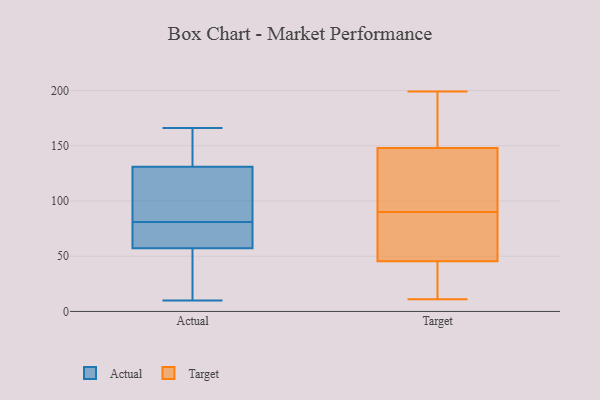
{"axis": {"x": "Active Users", "y": "Value"}, "legend": ["Actual", "Target"], "data": [{"x": "", "y": 166, "type": "Actual"}, {"x": "", "y": 14, "type": "Actual"}, {"x": "", "y": 135, "type": "Actual"}, {"x": "", "y": 119, "type": "Actual"}, {"x": "", "y": 137, "type": "Actual"}, {"x": "", "y": 84, "type": "Actual"}, {"x": "", "y": 10, "type": "Actual"}, {"x": "", "y": 138, "type": "Actual"}, {"x": "", "y": 64, "type": "Actual"}, {"x": "", "y": 78, "type": "Actual"}, {"x": "", "y": 43, "type": "Actual"}, {"x": "", "y": 81, "type": "Actual"}, {"x": "", "y": 77, "type": "Actual"}, {"x": "", "y": 113, "type": "Actual"}, {"x": "", "y": 55, "type": "Actual"}, {"x": "", "y": 188, "type": "Target"}, {"x": "", "y": 11, "type": "Target"}, {"x": "", "y": 17, "type": "Target"}, {"x": "", "y": 25, "type": "Target"}, {"x": "", "y": 85, "type": "Target"}, {"x": "", "y": 143, "type": "Target"}, {"x": "", "y": 44, "type": "Target"}, {"x": "", "y": 90, "type": "Target"}, {"x": "", "y": 199, "type": "Target"}, {"x": "", "y": 100, "type": "Target"}, {"x": "", "y": 86, "type": "Target"}, {"x": "", "y": 141, "type": "Target"}, {"x": "", "y": 46, "type": "Target"}, {"x": "", "y": 197, "type": "Target"}, {"x": "", "y": 157, "type": "Target"}, {"x": "", "y": 85, "type": "Target"}, {"x": "", "y": 145, "type": "Target"}]}